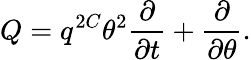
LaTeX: Q=q^{2C}\theta^{2}\frac{\partial}{\partial t}+\frac{\partial}{\partial\theta}.